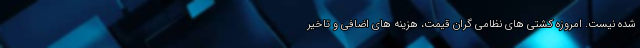
شده نیست. امروزه کشتی های نظامی گران قیمت، هزینه های اضافی و تاخیر